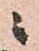
ニ